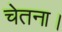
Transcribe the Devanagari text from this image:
चेतना।